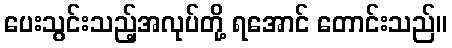
ပေးသွင်းသည့်အလုပ်တို့ ရအောင် တောင်းသည်။